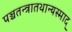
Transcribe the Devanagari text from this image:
पञ्चतन्त्रातथान्यस्माद्